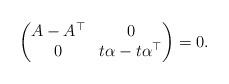
LaTeX: \begin{align*}\begin{pmatrix}A-A^{\top} & 0\\0 & t\alpha-t\alpha^{\top}\end{pmatrix}=0.\end{align*}